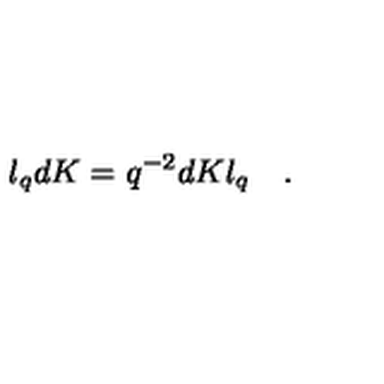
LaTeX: l _ { q } d K = q ^ { - 2 } d K l _ { q } \quad .